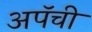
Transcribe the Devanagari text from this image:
अपॅची